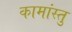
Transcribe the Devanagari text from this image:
कामांस्तु